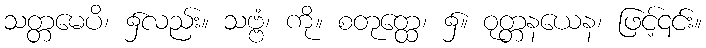
သတ္တမေပိ၊ ၌လည်း။ သဗ္ဗံ၊ ကို။ စတုတ္ထေ၊ ၌။ ဝုတ္တနယေန၊ ဖြင့်၎င်း။